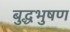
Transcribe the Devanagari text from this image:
बुद्धभुषण